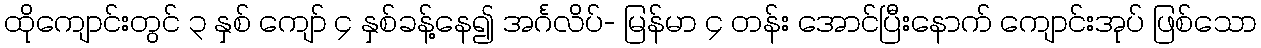
ထိုကျောင်းတွင် ၃ နှစ် ကျော် ၄ နှစ်ခန့်နေ၍ အင်္ဂလိပ်- မြန်မာ ၄ တန်း အောင်ပြီးနောက် ကျောင်းအုပ် ဖြစ်သော